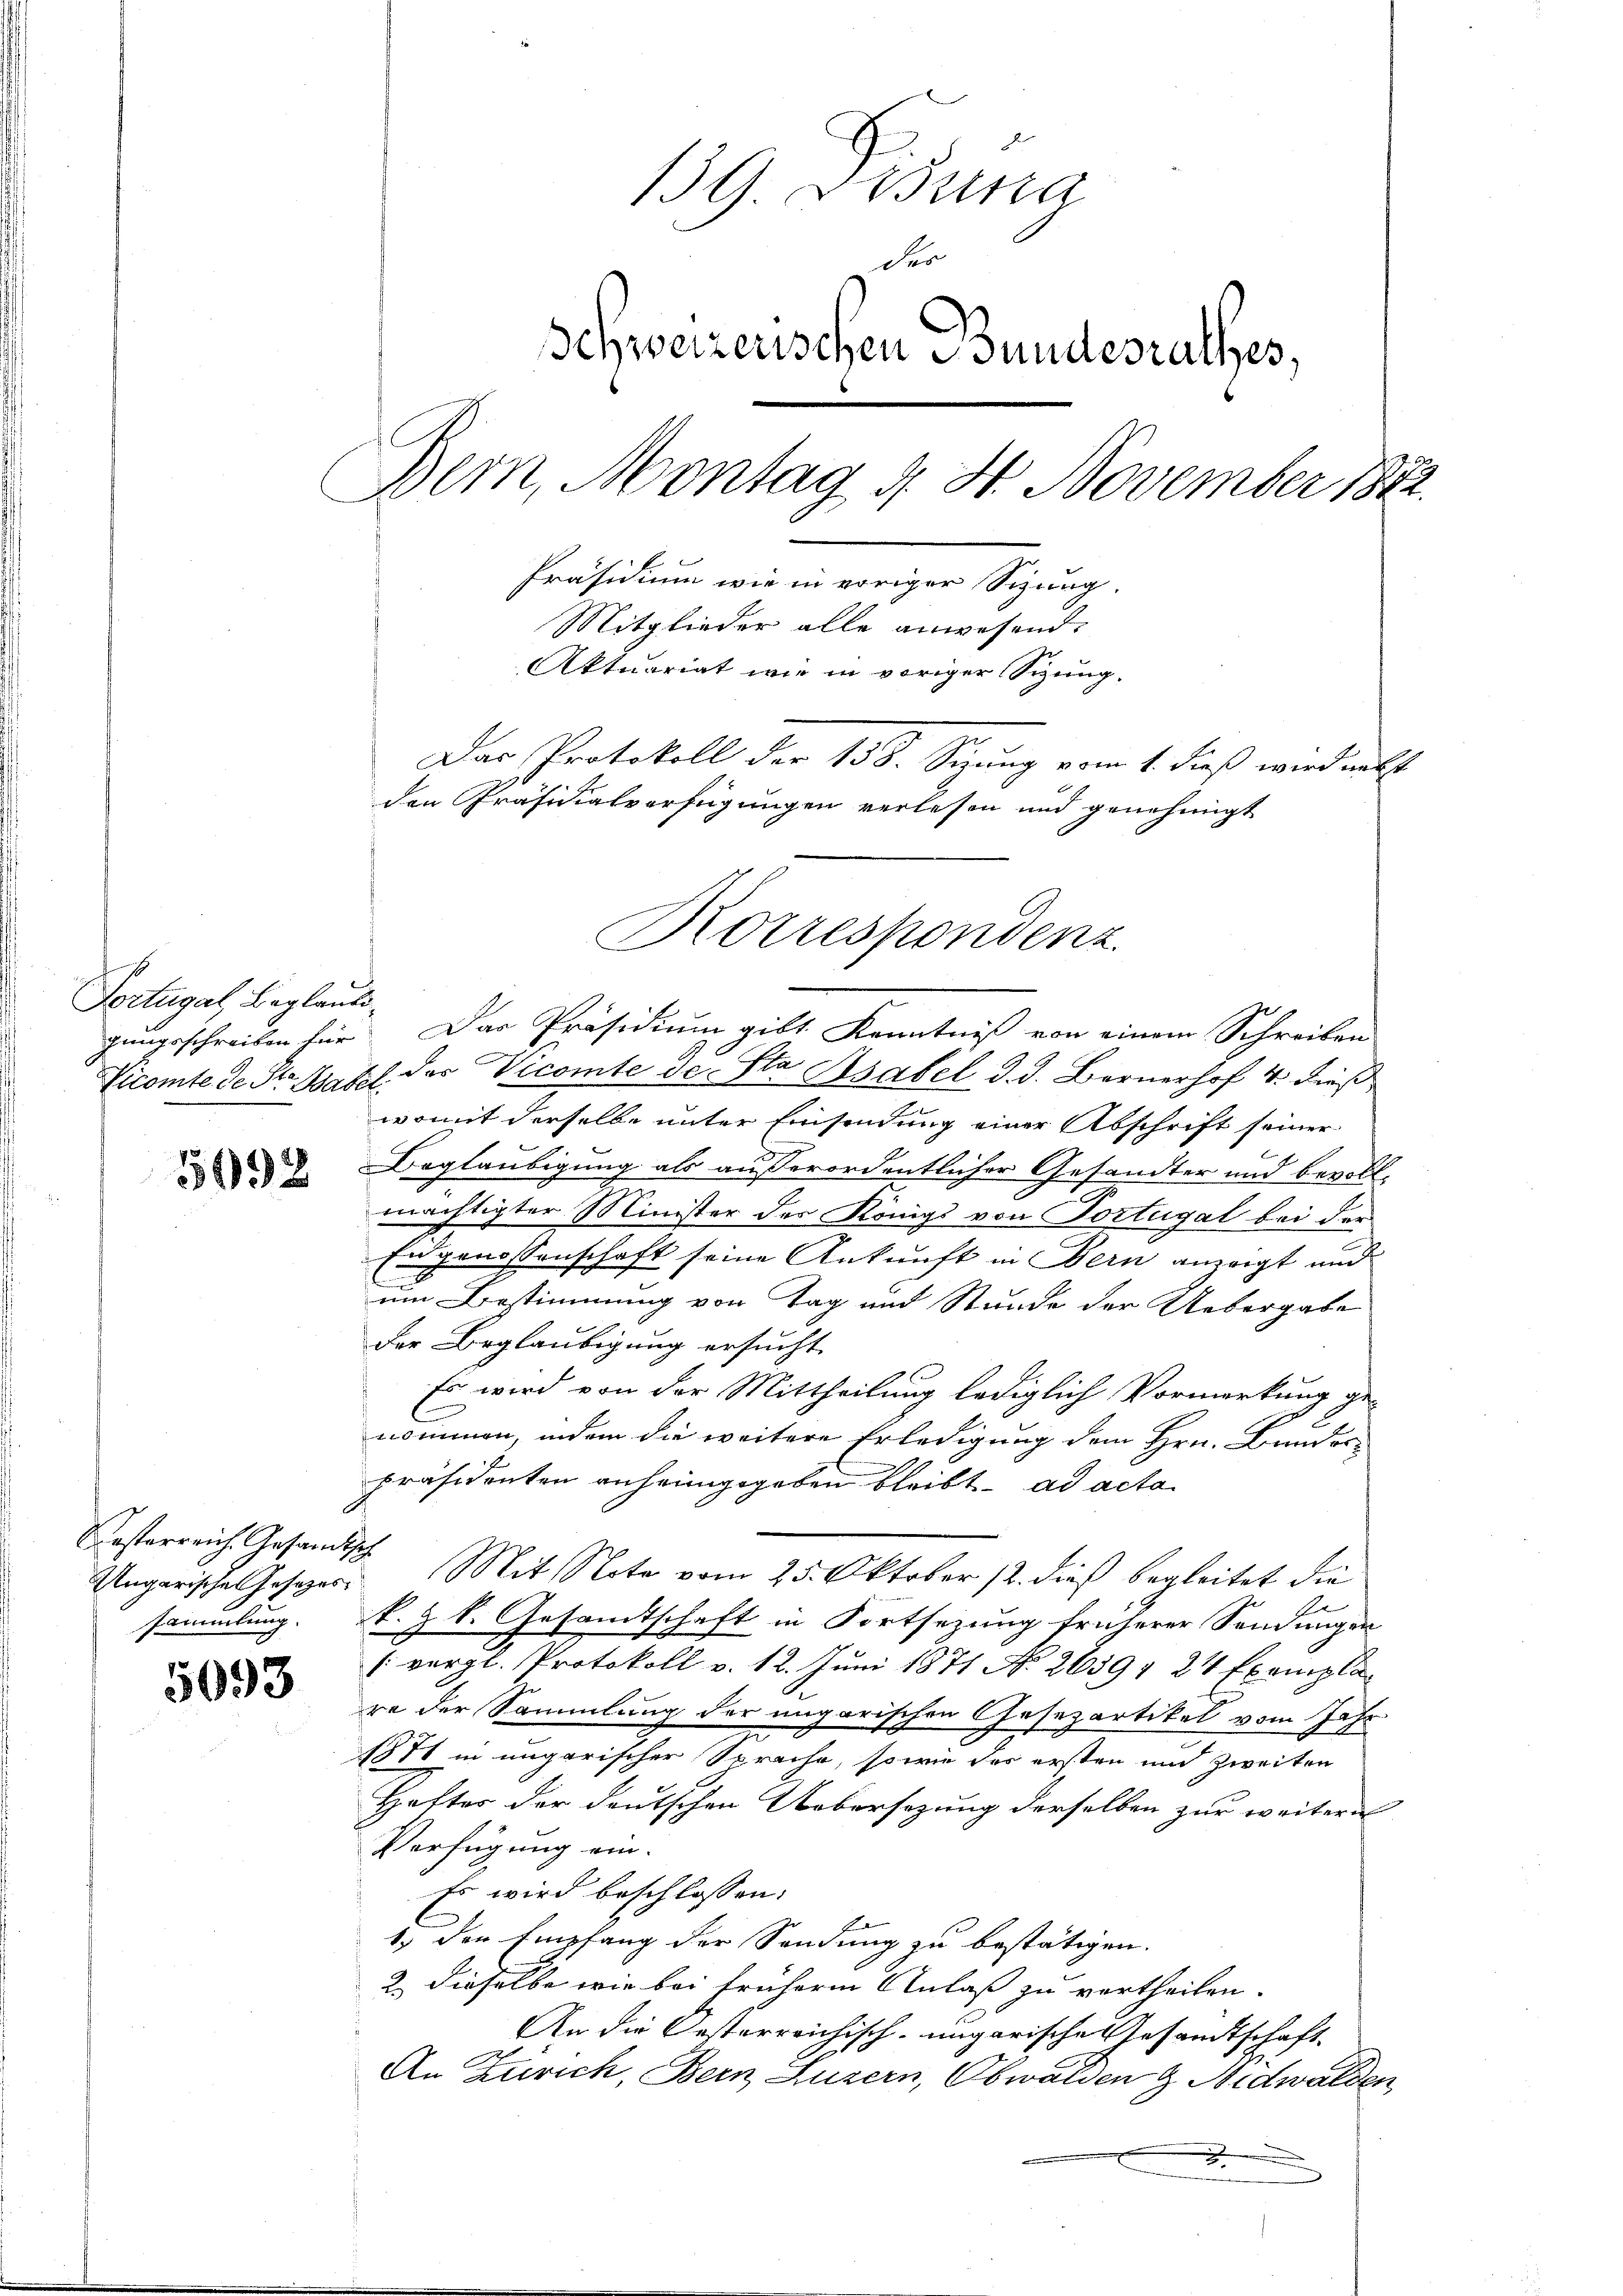
Fortugal, Beglaub¬

5992

osterreich Gesandtisch
Ungarische Gesezessammlung.

5093

139 Bossa
der
Schweizerischen Bundesrathes,
Bem, Montag d. H. November 1882
Präsidium wie in voriger Sizung.
Mitglieder alle anwesend.
Aktuariat wie in voriger Sizung.
Das Protokoll der 158. Sizung vom 1. dieß wird mitt
den Präsidialverfügungen verlesen und genehmigt
Kotrespondenz

gungsschreiben für. Das Präsidium gibt Kenntniß von einem Schreiben
Vicomte de St. Basel der Vicomte de Sta Asabel d. d. Bernerhof 4. dieß
womit derselbe unter Einsendung einer Abschrift seiner
Beglaubigung als außerordentlicher Gesandter und bevoll-
mächtigter Minister der Königs von Portugal bei der
En genossenschaft seine Ankunft in Bern anzeigt und
u
um Bestimmung von Tag und Stunde der Uebergabe
der Beglaubigung ersucht
Es wird von der Mittheilung lediglich Vormerkung ge-
nommen, indem die weitere Erledigung dem Hrn. Bandor
präsidenten anheimgegeben bleibt. ad acta
Mit Note vom 25. Oktober 12. dieß begleitet die
A
k. Z. k. Gesandtschaft in Fortsezung früherer Sendungen
[vergl. Protokoll v. 12. Juni 1871 No 2639 24 Exemplare der Sammlung der ungarischen Aesezartikel vom Jahr
c
1871 in ungarischer Sprache, sowie das ersten und zweiten
Hafter der deutschen Uebersezung derselben zur weitere
Verfügung ein.
Es wird beschlossen:
1) den Empfang der Sendung zu bestätigen.
2. dieselbe wie bei frühere Anlaß zu vertheilen.
An die Oesterreichisch-ungarische Gesandtschaft.
An Zürich, Bern, Luzern, Obwalden & Nidwalden,
x